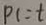
P C = t